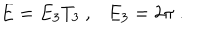
E = E _ { 3 } T _ { 3 } \ , \ \ \ E _ { 3 } = 2 \pi \ .